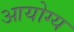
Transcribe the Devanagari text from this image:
आयोग्य